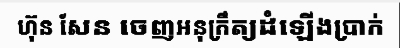
ហ៊ុន សែន ចេញអនុក្រឹត្យដំឡើងប្រាក់